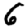
Digit: 6